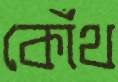
কোঁথ